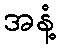
အနံ့